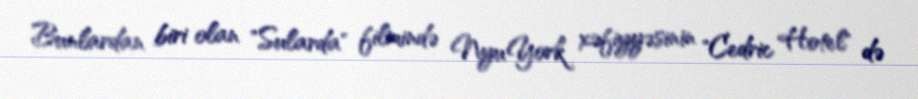
Bunlardan biri olan "Sularda" filmində Nyu York xəfiyyəsinin "Cedric Hotel" də